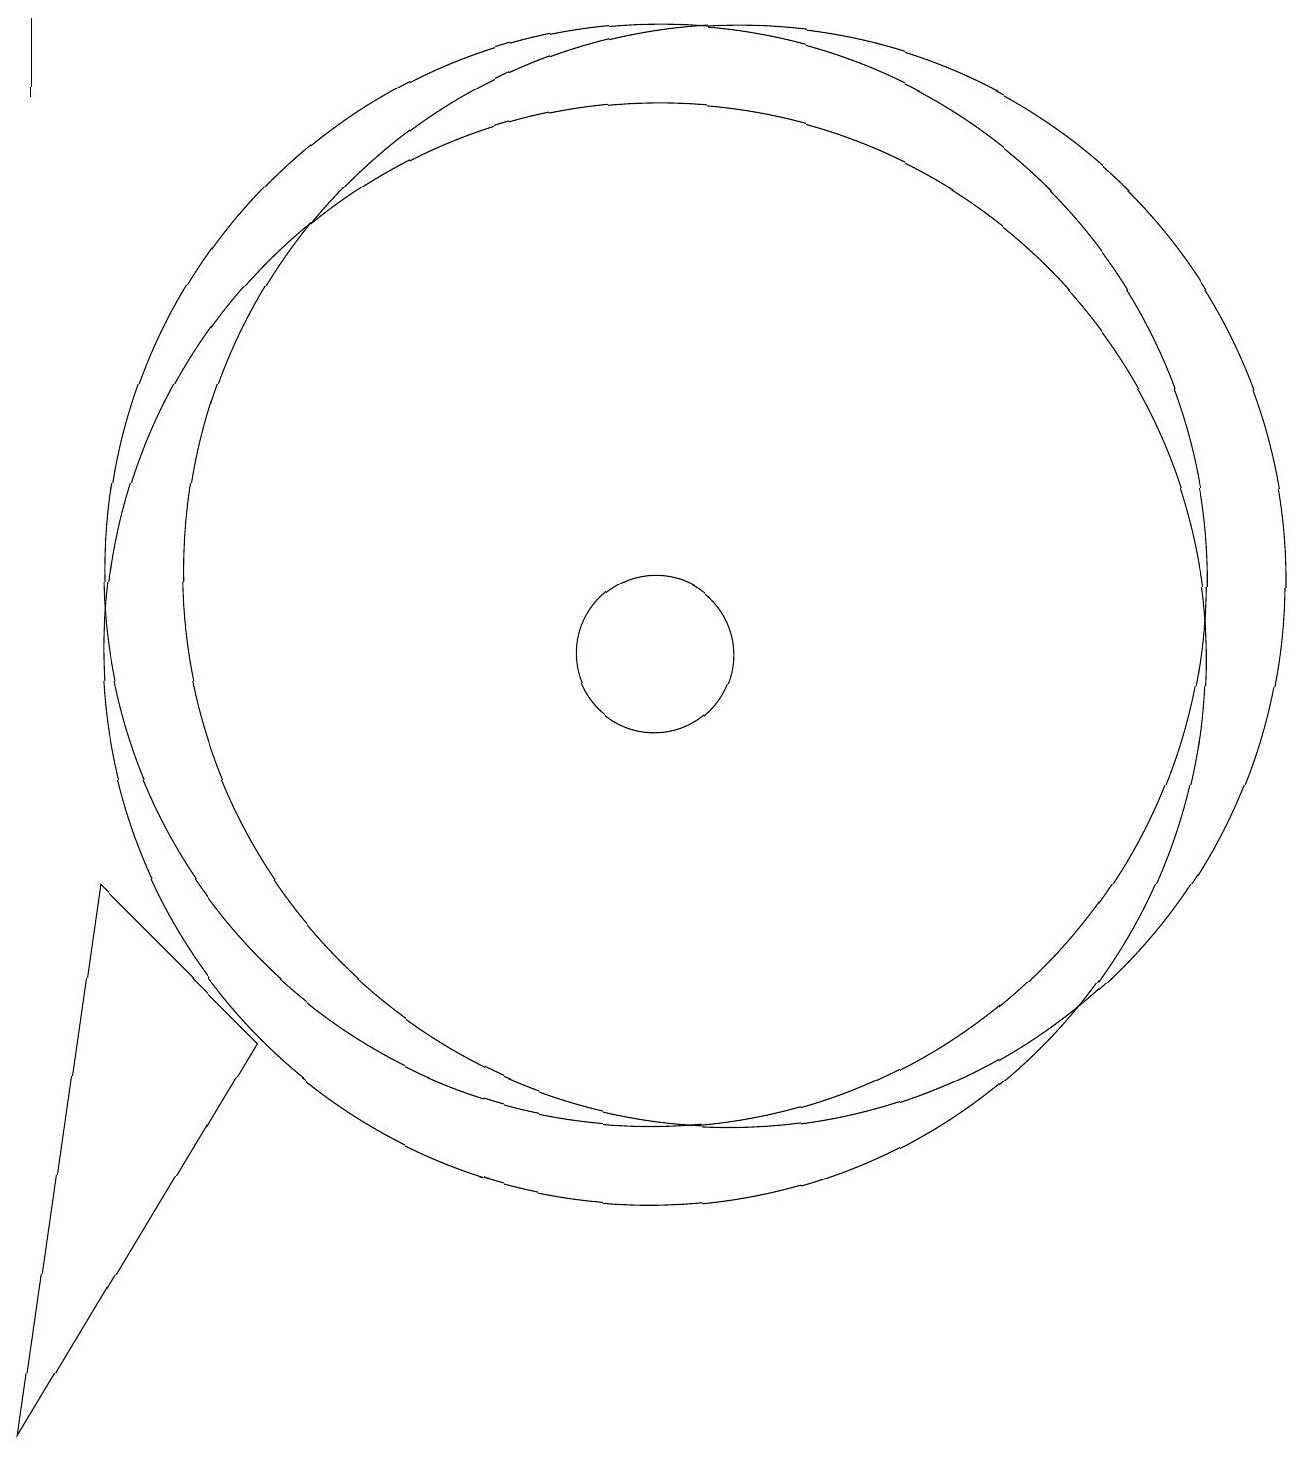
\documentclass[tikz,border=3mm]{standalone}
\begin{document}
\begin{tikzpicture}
\draw (6,6) -- (4,8) -- (3,1) -- cycle;
\draw (11,11) circle (7);
\draw (3,18) rectangle (3,19);
\draw (11,11) circle (1);
\draw (11,12) circle (7);
\draw (12,12) circle (7);
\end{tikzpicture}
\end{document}